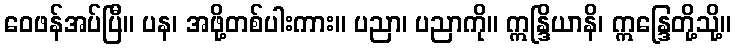
ဝေဖန်အပ်ပြီ။ ပန၊ အဖို့တစ်ပါးကား။ ပညာ၊ ပညာကို။ ဣန္ဒြိယာနိ၊ ဣန္ဒြေတို့သို့။